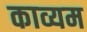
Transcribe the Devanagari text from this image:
काव्यम